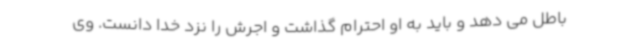
باطل می دهد و باید به او احترام گذاشت و اجرش را نزد خدا دانست. وی